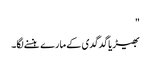
"
بھیڑیا گدگدی کے مارے ہنسنے لگا۔